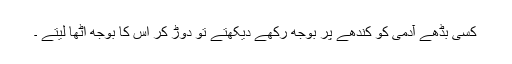
کسی بڈھے آدمی کو کندھے پر بوجھ رکھے دیکھتے تو دوڑ کر اس کا بوجھ اٹھا لیتے ۔